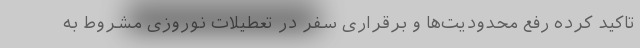
تاکید کرده رفع محدودیت‌ها و برقراری سفر در تعطیلات نوروزی مشروط به